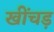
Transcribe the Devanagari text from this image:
खींचड़